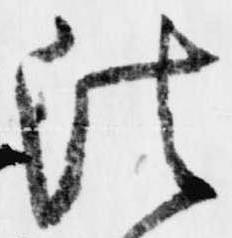
法